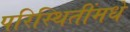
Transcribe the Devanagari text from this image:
परिस्थितींमधे